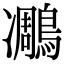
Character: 𪄄